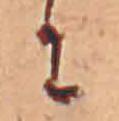
に